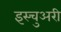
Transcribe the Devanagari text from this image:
इस्चुअरी